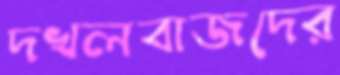
দখলবাজদের